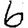
Digit: 6